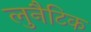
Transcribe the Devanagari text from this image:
लुनैटिक